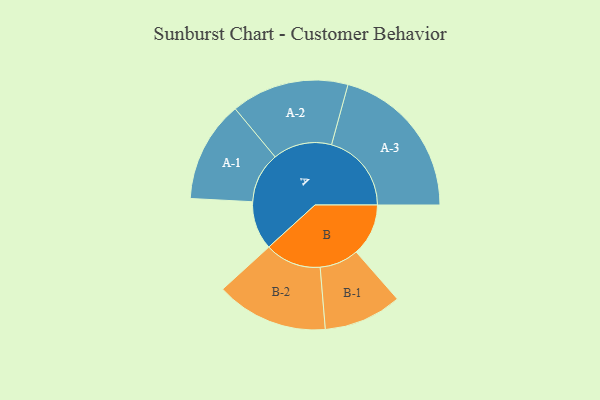
{"axis": {"x": "Segment", "y": "Value"}, "legend": ["", "A", "B"], "data": [{"x": "A", "y": 159, "type": ""}, {"x": "B", "y": 171, "type": ""}, {"x": "A-1", "y": 166, "type": "A"}, {"x": "A-2", "y": 193, "type": "A"}, {"x": "A-3", "y": 262, "type": "A"}, {"x": "B-1", "y": 128, "type": "B"}, {"x": "B-2", "y": 184, "type": "B"}]}